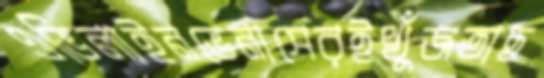
এভিলাইনভেনাসেরইখুঁজতাছ